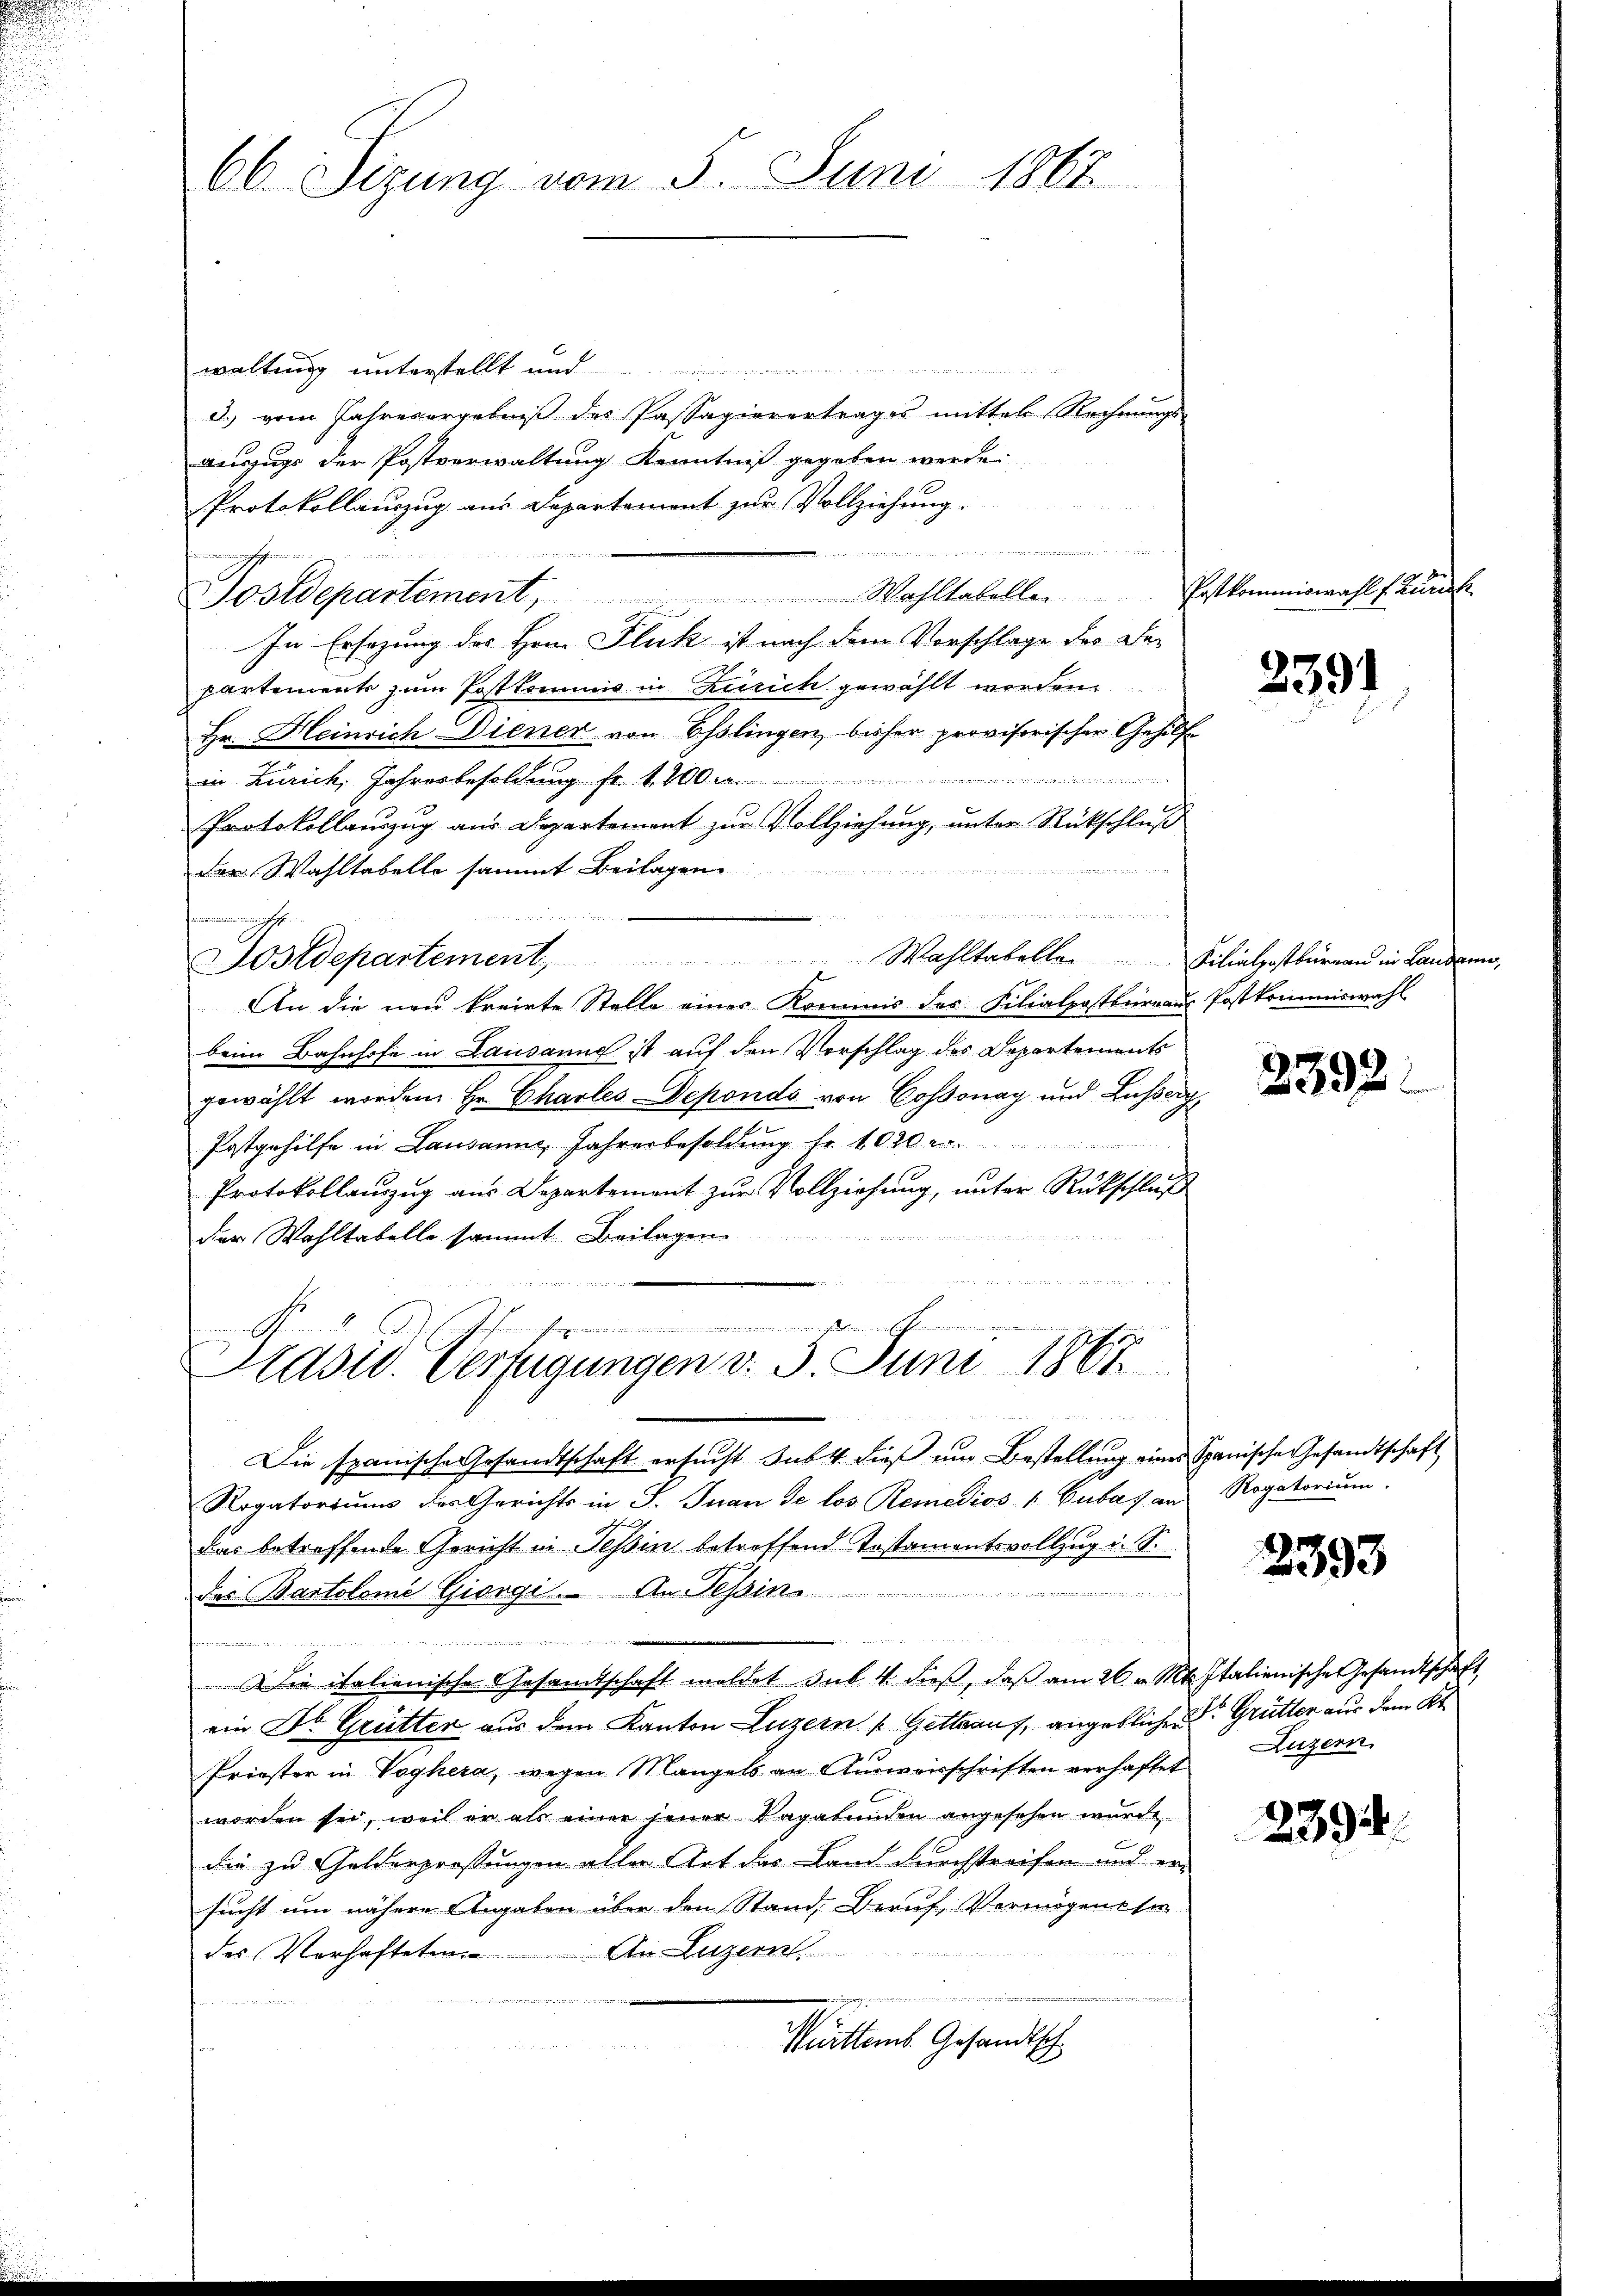
66. Sizung vom 5. Juni 1867

waltung unterstellt und
d. vom Jahresergebniß des Passagierertrages mittel Rechnungs-
auszugs der Postverwaltung Kenntniß gegeben werde.
Protokollauszug aus Departement zur Vollziehung.

.
Wahltabeller Postkommiswahl f. Zürich
Postdepartement,
In Ersezung des Hrn. Fluck ist nach dem Vorschlage der Be-
partements zum Postkommis in Zürich gewählt werden.
Hr. Heinrich Diener von Esslingen, bisher provisorischer Gehilf
der

in Zürich, Jahresbesoldung fr. 1400
Protokollauszug aus Departement zur Vollziehung, unter Rückschluß
Der Wahltabelle sammt Beilagen
d
n
enn machten
Postdepartement, Wahltabelle. Filiatrostbüreaŭ in Landan
An die neu kreiste Stelle eines Kommis des Filialpostbureaus Postkommiswahl
beim Bahnhofe in Lausanne ist auf den Vorschlag des Departements
gewählt worden. Hr. Charles Deponds von Cossonay und Lusserg
Postgehilfe in Lausanne, Jahresbesoldung fr. 1020
Protokollauszug aus Departement zur Vollziehung, unter Rückschluß
der Wahltabelle sammt Beilagen.
u

..................
l
17
Präsid. Verfügungen d. 3. Juni 1881

Die spanische Gesandtschaft ersucht sub 4. dieß um Bestellung eines Spanische Gesandtschaft
Rogatoriums des Gerichts in S. Inan de los. Remedios " Cubas an Rogatorium.
das betreffende Gericht in Teßin betroffend Testamentsvollzug u. S.
inn die
des Bartolome Giorgi. An Tessin
 2 Guld
.
Die italienische Gesamtschaft moldet sub. 4 dieβ, daß am 26. v. Mts. Italienische Gesandtschaft
ein Dr. Grütter aus dem Kanton Luzern (Gettrauf, angeblicher Grütter aus dem Kl
Priester in Voghera, wegen Mangels an Aŭsweisschriften verhaftet Luzern,
worden sei, weil er als einer jener Vagabunden angesehen wurde,
die zu Gelderpressungen aller Art des Land durchstreifen und er-
sucht um nähere Angaben über den Stand, Beruf, Vermögenssa
An Luzern.
des Verhaftetunge
e
u
c

Kuitters Gesandtsch

2391

t

2392.

2393

2394.